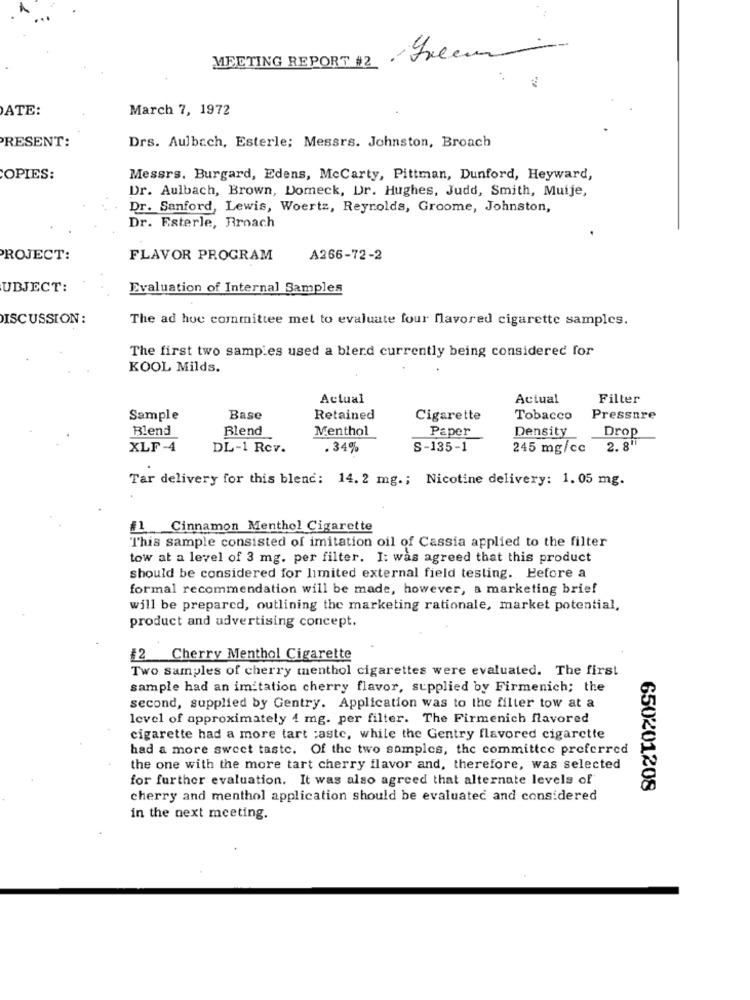
MEETING REPORT #2 Freem
DATE:
March 7, 1972
PRESENT:
Drs. Aulbach, Esterle; Messrs. Johnston, Broach
COPIES:
Messrs. Burgard, Edens, McCarty, Pittman, Dunford, Heyward,
Dr. Aulbach, Brown, Domeck, Dr. Hughes, Judd, Smith, Muije,
Dr. Sanford, Lewis, Woertz, Reynolds, Groome, Johnston,
Dr. Esterle, Broach
PROJECT:
FLAVOR PROGRAM
A266-72-2
UBJECT:
Evaluation of Internal Samples
ISCUSSION :
The ad hoc committee met to evaluate four flavored cigarette samples.
The first two samples used a blend currently being considered for
KOOL Milds.
Actual
Actual
Filter
Sample
Base
Retained
Cigarette
Tobacco
Pressure
Blend
Blend
Menthol
Paper
Drop
Density
XLF-4
DL-1 Rcv.
. 34%
S-135-1
245 mg/cc
2. 8"
Tar delivery for this blend: 14. 2 mg .; Nicotine delivery: 1.05 mg.
f1 Cinnamon Menthol Cigarette
This sample consisted of imitation oil of Cassia applied to the filter
tow at a level of 3 mg. per filter. I: was agreed that this product
should be considered for limited external field testing. Before a
formal recommendation will be made, however, a marketing brief
will be prepared, outlining the marketing rationale, market potential,
product and advertising concept.
#2 Cherry Menthol Cigarette
Two samples of cherry menthol cigarettes were evaluated. The first
sample had an imitation cherry flavor, supplied by Firmenich; the
second, supplied by Gentry. Application was to the filter tow at a
level of approximately 4 mg. per filter. The Firmenich flavored
cigarette had a more tart :aste, while the Gentry flavored cigarette
had a more sweet taste. Of the two samples, the committee preferred
the one with the more tart cherry flavor and, therefore, was selected
for further evaluation. It was also agreed that alternate levels of
650201208
cherry and menthol application should be evaluated and considered
in the next meeting.